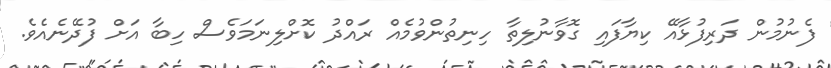
ފެނުމުން ދަރިފުޅާއޭ ކިޔާފައި ގޮވާނުލިތާ ހިނިތުންވުމެއް ރައްދު ކޮށްލިނަމަވެސް ހިބާ އަށް ފުދޭނެއެވެ.